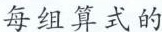
每组算式的